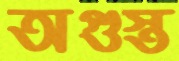
অগুস্ত